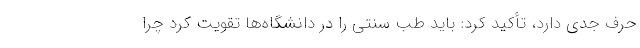
حرف جدی دارد، تأکید کرد: باید طب سنتی را در دانشگاه‌ها تقویت کرد چرا